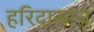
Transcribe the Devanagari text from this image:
हरिदासाचे